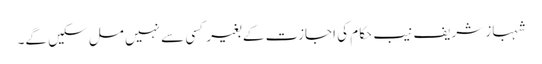
شہباز شریف نیب حکام کی اجازت کے بغیر کسی سے نہیں مل سکیں گے۔